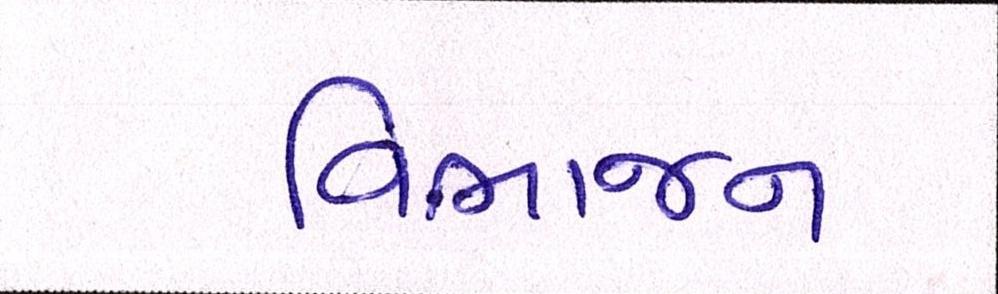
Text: વિભાજન